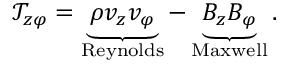
\mathcal { T } _ { z \varphi } = \underbrace { \rho v _ { z } v _ { \varphi } } _ { \mathrm { R e y n o l d s } } - \underbrace { B _ { z } B _ { \varphi } } _ { \mathrm { M a x w e l l } } .